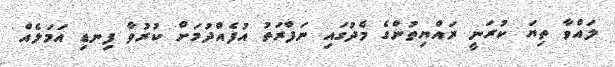
ލައްވާ ތިޔަ ކުރަނީ ރައްޔިތުންގެ މެދުގައި ނަފްރަތު އުފެއްދުމަށް ކުރުވާ ފިނޑި އަމަލެއް